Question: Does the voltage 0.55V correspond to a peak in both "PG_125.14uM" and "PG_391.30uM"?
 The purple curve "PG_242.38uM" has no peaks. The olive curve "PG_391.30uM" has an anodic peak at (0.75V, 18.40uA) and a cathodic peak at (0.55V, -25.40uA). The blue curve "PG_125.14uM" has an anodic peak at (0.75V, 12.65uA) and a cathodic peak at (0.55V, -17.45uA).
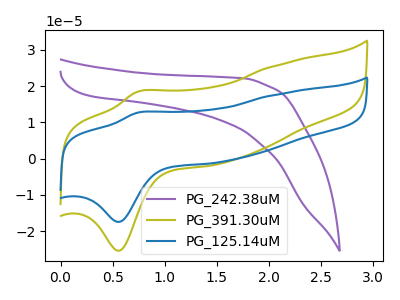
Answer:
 <answer>Yes, "PG_125.14uM" and "PG_391.30uM" share a peak at 0.55V.</answer>
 <eval>match</eval>